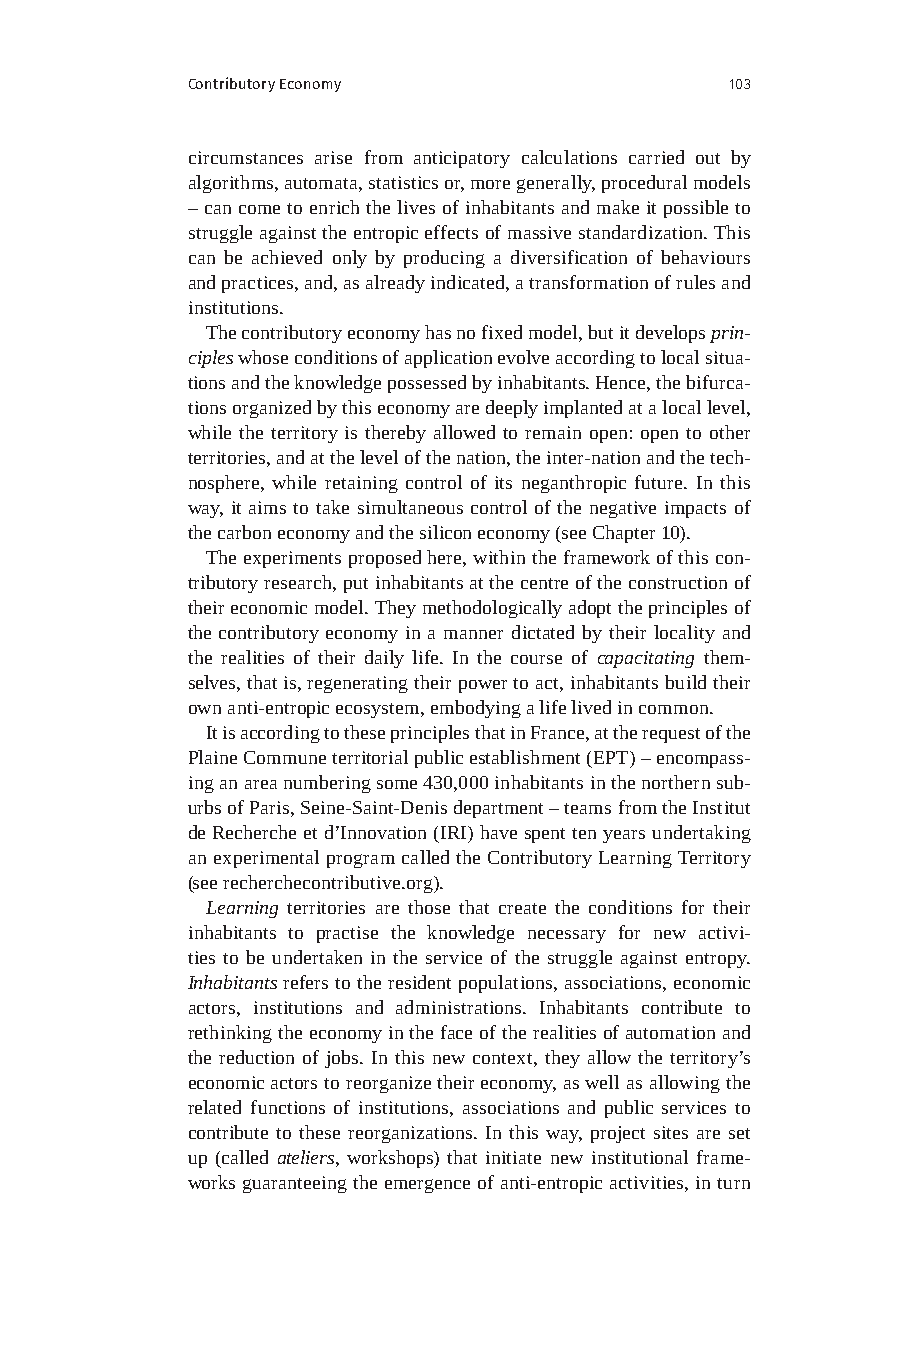
Contributory Economy                103
 circumstances arise from anticipatory calculations carried out by
 algorithms, automata, statistics or, more generally, procedural models
 – can come to enrich the lives of inhabitants and make it possible to
 struggle against the entropic effects of massive standardization. This
 can be achieved only by producing a diversification of behaviours
 and practices, and, as already indicated, a transformation of rules and
 institutions.
 The contributory economy has no fixed model, but it develops prin-
 ciples whose conditions of application evolve according to local situa-
 tions and the knowledge possessed by inhabitants. Hence, the bifurca-
 tions organized by this economy are deeply implanted at a local level,
 while the territory is thereby allowed to remain open: open to other
 territories, and at the level of the nation, the inter-nation and the tech-
 nosphere, while retaining control of its neganthropic future. In this
 way, it aims to take simultaneous control of the negative impacts of
 the carbon economy and the silicon economy (see Chapter 10).
 The experiments proposed here, within the framework of this con-
 tributory research, put inhabitants at the centre of the construction of
 their economic model. They methodologically adopt the principles of
 the contributory economy in a manner dictated by their locality and
 the realities of their daily life. In the course of capacitating them-
 selves, that is, regenerating their power to act, inhabitants build their
 own anti-entropic ecosystem, embodying a life lived in common.
 It is according to these principles that in France, at the request of the
 Plaine Commune territorial public establishment (EPT) – encompass-
 ing an area numbering some 430,000 inhabitants in the northern sub-
 urbs of Paris, Seine-Saint-Denis department – teams from the Institut
 de Recherche et d’Innovation (IRI) have spent ten years undertaking
 an experimental program called the Contributory Learning Territory
 (see recherchecontributive.org).
 Learning territories are those that create the conditions for their
 inhabitants to practise the knowledge necessary for new activi-
 ties to be undertaken in the service of the struggle against entropy.
 Inhabitants refers to the resident populations, associations, economic
 actors, institutions and administrations. Inhabitants contribute to
 rethinking the economy in the face of the realities of automation and
 the reduction of jobs. In this new context, they allow the territory’s
 economic actors to reorganize their economy, as well as allowing the
 related functions of institutions, associations and public services to
 contribute to these reorganizations. In this way, project sites are set
 up (called ateliers, workshops) that initiate new institutional frame-
 works guaranteeing the emergence of anti-entropic activities, in turn